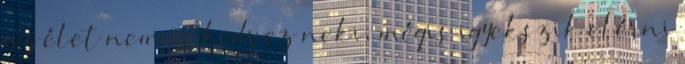
az élet nem is kedvez neki, mégis igyekszik elérni